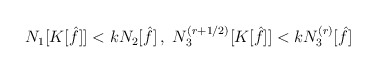
\begin{align*}\begin{aligned}N_1 [K[\hat{f}]] < k N_2 [\hat{f}] \,, \ N_3^{(r + 1/2)} [K[\hat{f}]] < k N_3^{(r)} [\hat{f}]\end{aligned}\end{align*}